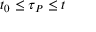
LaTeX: t _ { 0 } \leq \tau _ { P } \leq t